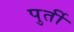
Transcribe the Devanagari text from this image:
पुर्ती